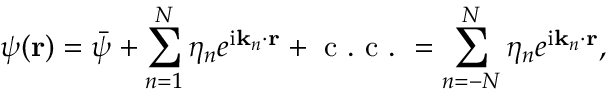
\psi ( \mathbf { r } ) = \bar { \psi } + \sum _ { n = 1 } ^ { N } \eta _ { n } e ^ { \mathrm { i } \mathbf { k } _ { n } \cdot \mathbf { r } } + \mathrm { ~ c ~ . ~ c ~ . ~ } = \sum _ { n = - N } ^ { N } \eta _ { n } e ^ { \mathrm { i } \mathbf { k } _ { n } \cdot \mathbf { r } } ,